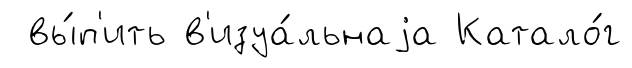
вы́п'ить в'изуа́льнаjа Катало́г